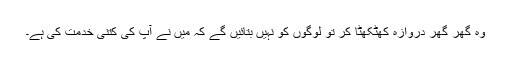
وہ گھر گھر دروازہ کھٹکھٹا کر تو لوگوں کو نہیں بتائیں گے کہ میں نے آپ کی کتنی خدمت کی ہے۔